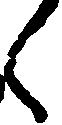
く